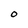
Character: O